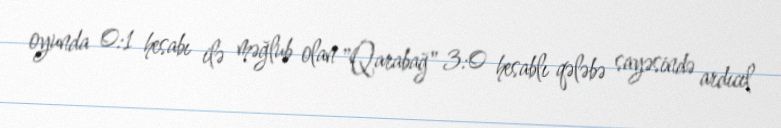
oyunda 0:1 hesabı ilə məğlub olan "Qarabağ" 3:0 hesablı qələbə sayəsində ardıcıl